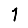
Digit: 1